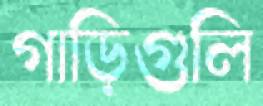
গাড়িগুলি